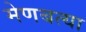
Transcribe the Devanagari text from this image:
मेणबत्या